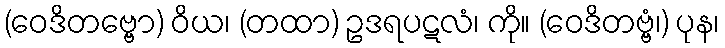
(ဝေဒိတဗ္ဗော) ဝိယ၊ (တထာ) ဥဒရပဋလံ၊ ကို။ (ဝေဒိတဗ္ဗံ၊) ပုန၊